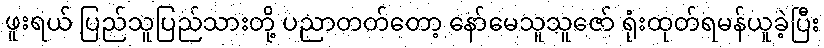
ဖူးရယ် ပြည်သူပြည်သားတို့ ပညာတတ်တော့ နော်မေသူသူဇော် ရုံးထုတ်ရမန်ယူခဲ့ပြီး